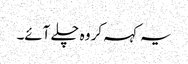
یہ کہہ کر وہ چلے آئے۔